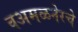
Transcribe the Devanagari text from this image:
वअमळनेरचे